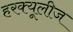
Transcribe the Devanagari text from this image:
हरक्यूलीज